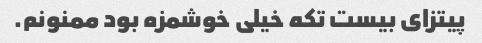
پیتزای بیست تکه خیلی خوشمزه بود ممنونم.